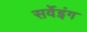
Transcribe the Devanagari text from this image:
सर्वेइंग